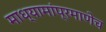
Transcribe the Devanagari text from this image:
माध्यामांप्रमाणेच